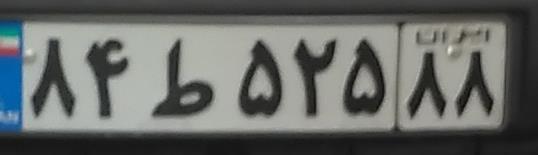
۸۴ط۵۲۵۸۸